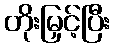
တိုးမြှင့်ပြီး